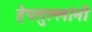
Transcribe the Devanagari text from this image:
हेपतुल्लांनी